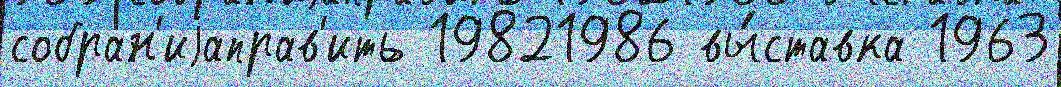
собран'иjаправ'ить 19821986 вы́ставка 1963